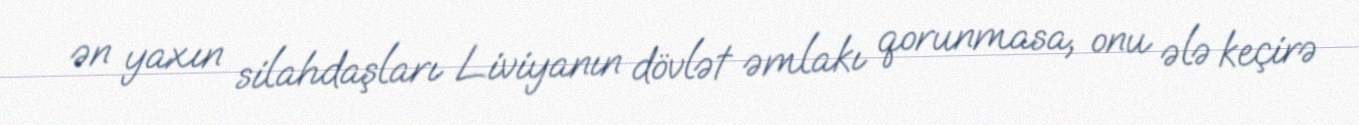
ən yaxın silahdaşları Liviyanın dövlət əmlakı qorunmasa, onu ələ keçirə